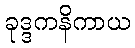
ခုဒ္ဒကနိကာယ